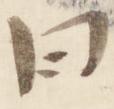
曰